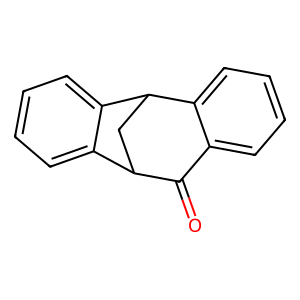
SMILES: O=C1c2ccccc2C2CC1c1ccccc12
Inhibits HIV replication: No